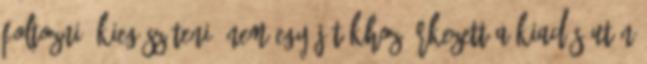
foltozni, kiegészíteni. Nem egy játékhoz érkezett a kiadás után